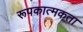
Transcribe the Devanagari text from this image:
रूपकात्मकता